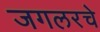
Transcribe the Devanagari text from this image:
जगलरचे